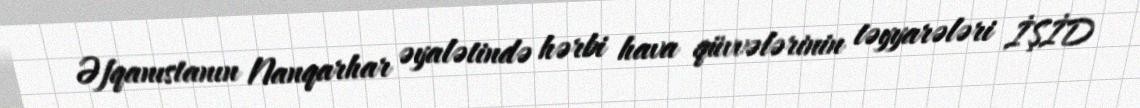
Əfqanıstanın Nanqarhar əyalətində hərbi hava qüvvələrinin təyyarələri İŞİD